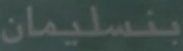
بنسليمان